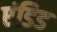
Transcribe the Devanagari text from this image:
एंडिड